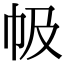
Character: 㠷